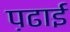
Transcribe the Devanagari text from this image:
प़ढाई